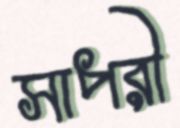
সাপরী